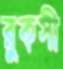
রুকসী